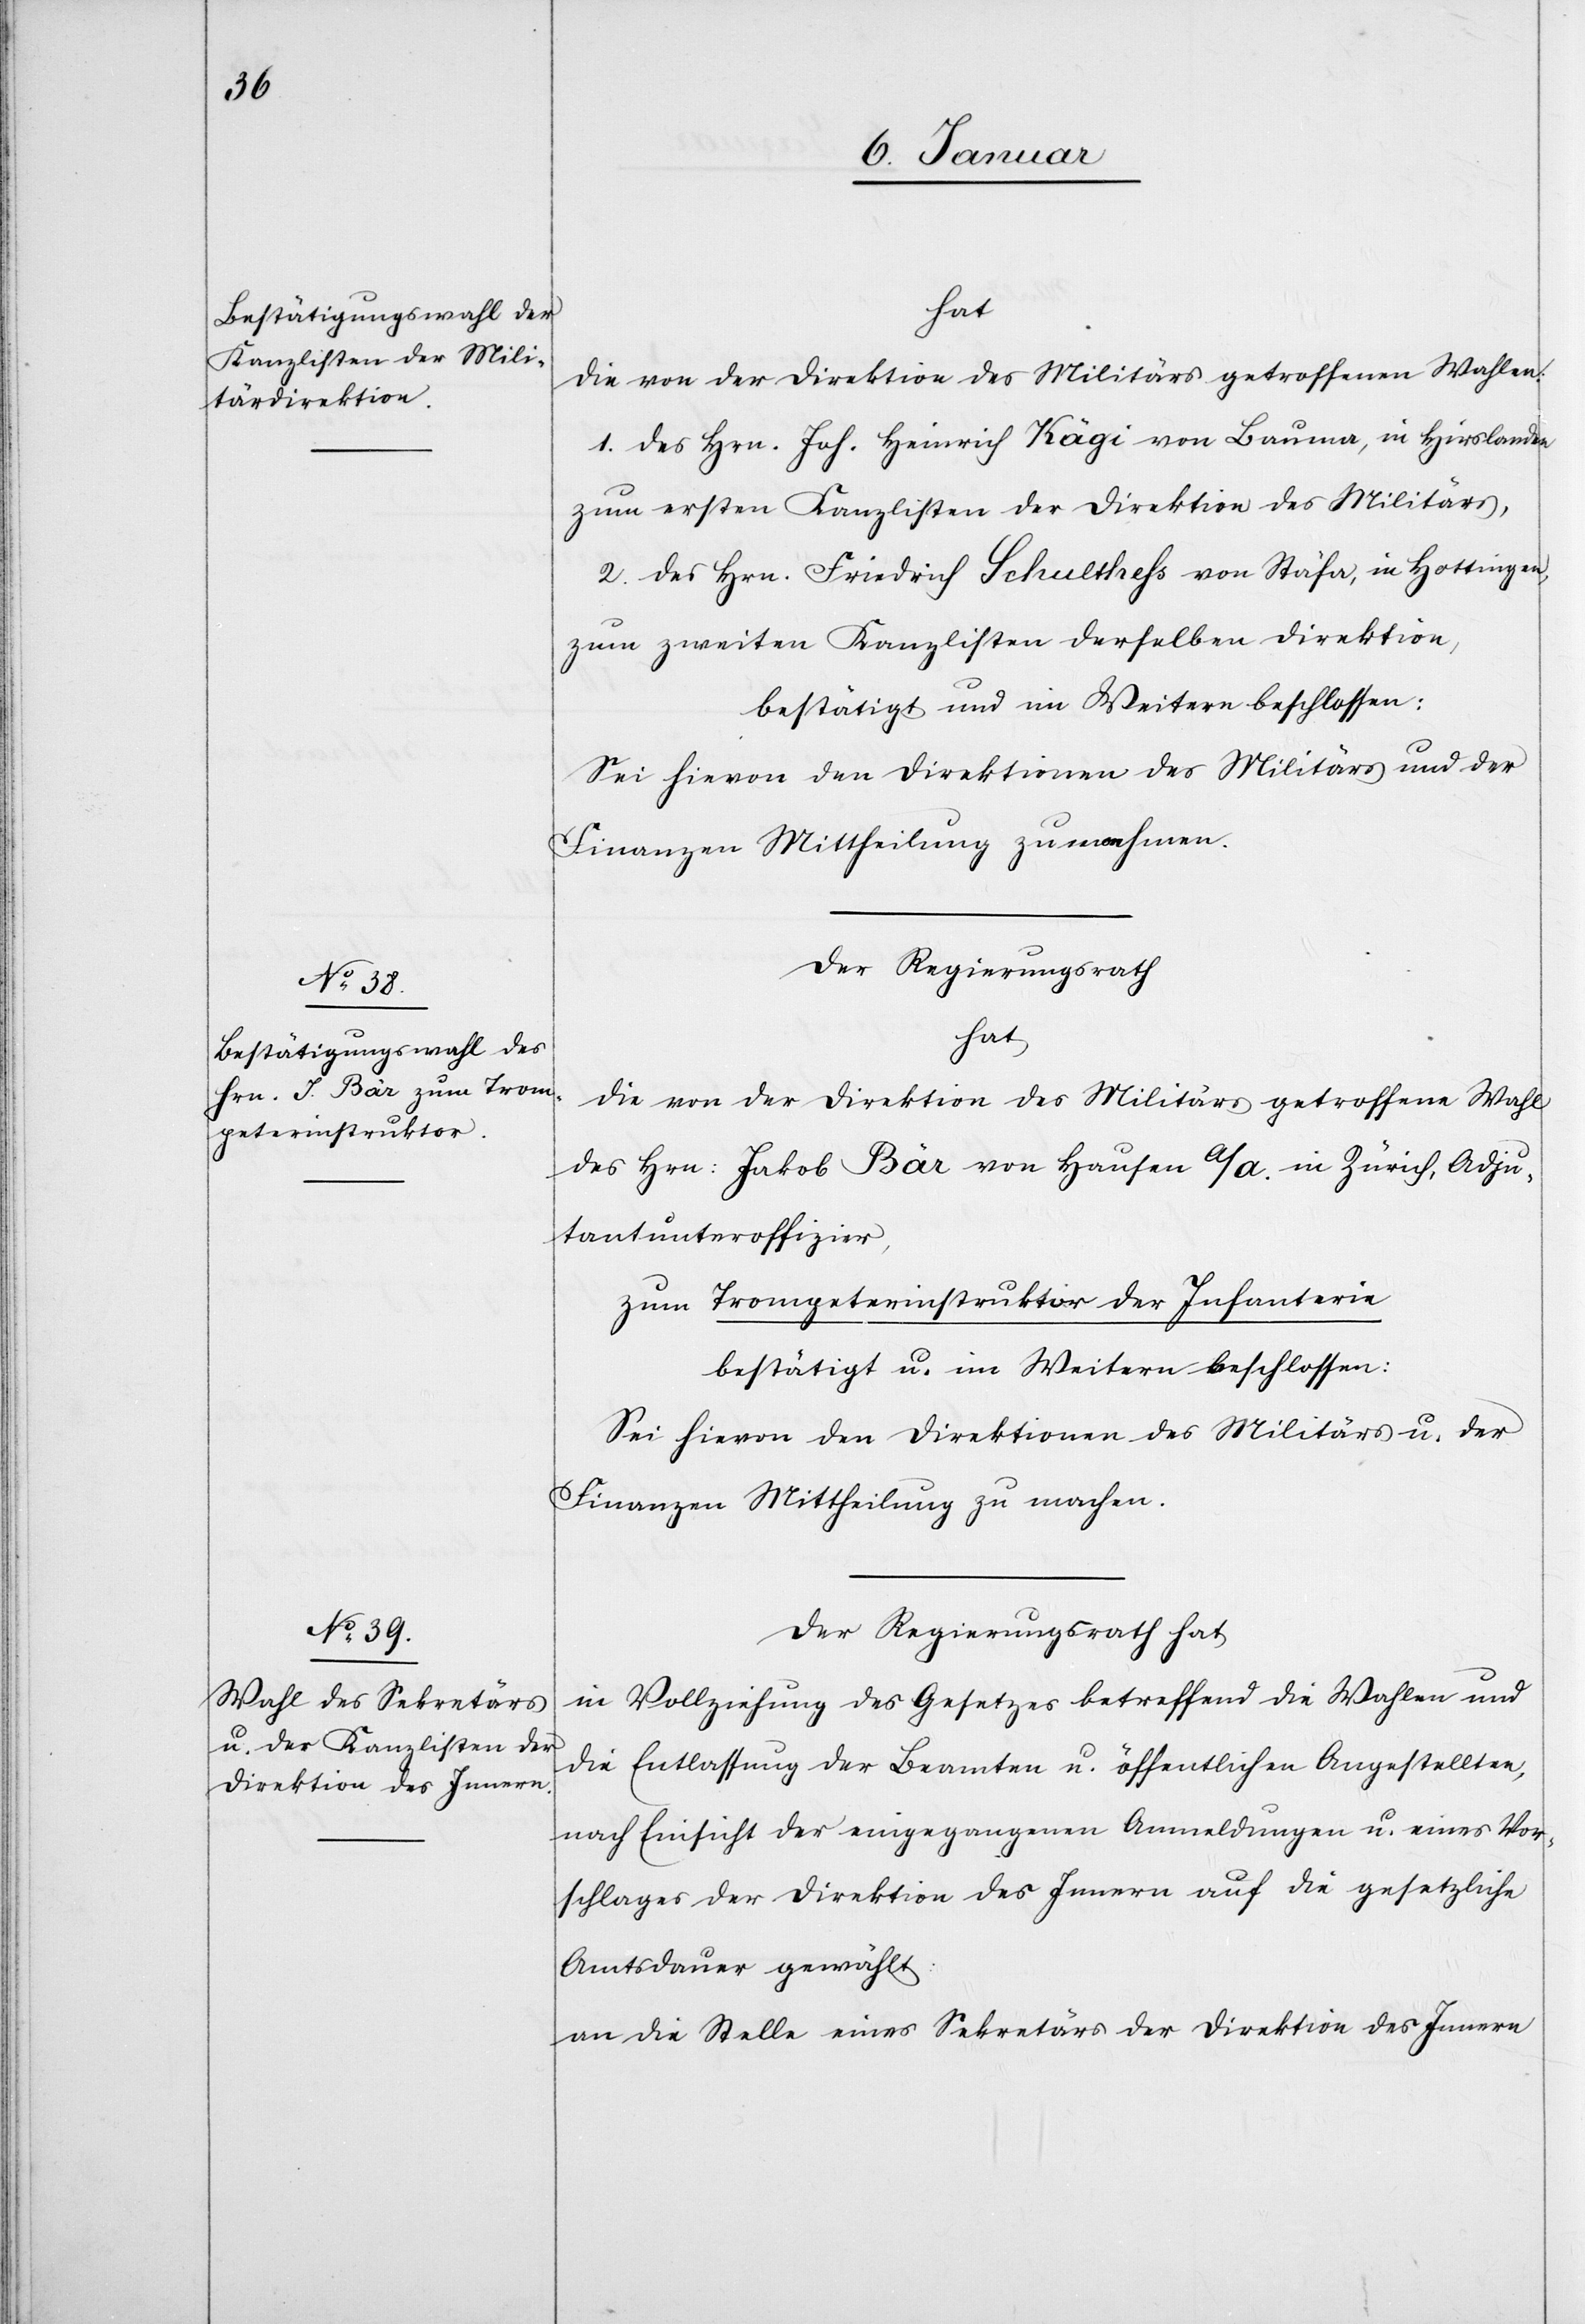
hat
die von der Direktion des Militärs getroffenen Wahlen:
1. des Hrn. Joh. Heinrich Kägi von Bauma, in Hirslanden
zum ersten Kanzlisten der Direktion des Militärs,
2. des Hrn. Friedrich Schulthess von Stäfa, in Hottingen,
zum zweiten Kanzlisten derselben Direktion,
bestätigt und im Weitern beschlossen:
Sei hievon den Direktionen des Militärs und der
Der Regierungsrath
hat
die von der Direktion des Militärs getroffene Wahl
des Hrn: Jakob Bär von Hausen a/A. in Zürich, Adju¬
tantunteroffizier,
zum Trompeterinstruktor der Infanterie
bestätigt u. im Weitern beschlossen:
Sei hievon den Direktionen des Militärs u. der
Finanzen Mittheilung zu machen.
Der Regierungsrath hat
in Vollziehung des Gesetzes betreffend die Wahlen und
die Entlassung der Beamten u. öffentlichen Angestellten,
nach Einsicht der eingegangenen Anmeldungen u. eines Vor¬
schlages der Direktion des Innern auf die gesetzliche
Amtsdauer gewählt:
an die Stelle eines Sekretärs der Direktion des Innern